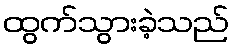
ထွက်သွားခဲ့သည်